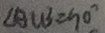
\angle A C B = 9 0 ^ { \circ }